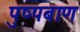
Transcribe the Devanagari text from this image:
पुष्पबाण